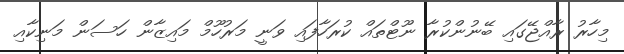
މިހާރު ރާއްޖޭގައި ބޭނުންކުރާ ނޫޓްތައް ކުރަހާފައި ވަނީ މަރުހޫމް މައިޒާން ހަސަން މަނިކާއި